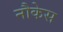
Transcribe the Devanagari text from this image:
नौकेस